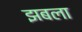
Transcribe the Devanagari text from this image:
झबला